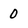
Character: 0